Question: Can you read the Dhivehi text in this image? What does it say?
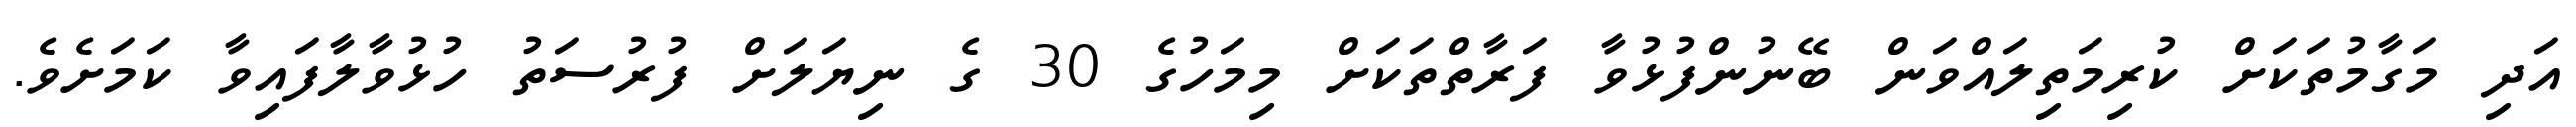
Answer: އަދި މަގާމުތަކަށް ކުރިމަތިލައްވަން ބޭނުންފުޅުވާ ފަރާތްތަކަށް މިމަހުގެ 30 ގެ ނިޔަލަށް ފުރުސަތު ހުޅުވާލާފައިވާ ކަމަށެވެ.